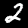
Label: 2